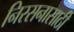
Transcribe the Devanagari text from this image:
निरसनासाठी